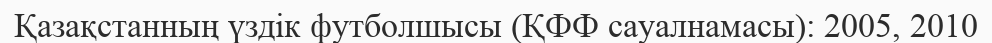
Қазақстанның үздік футболшысы (ҚФФ сауалнамасы): 2005, 2010